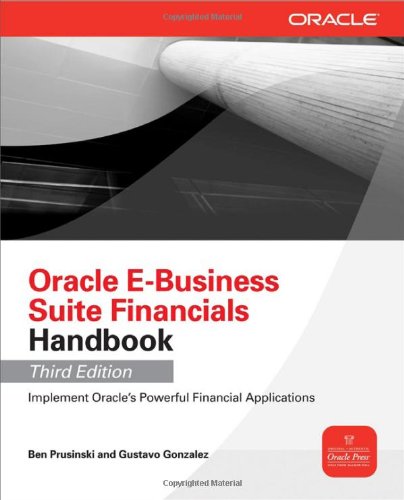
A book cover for Oracle E-Business Suite Financials Handbook 3/E (Oracle Press); Ben Prusinski; Computers & Technology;